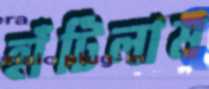
হাঁটিলাম